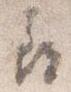
尋